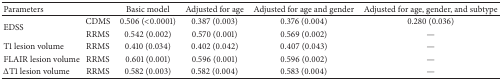
<table><thead><tr><td><b>Parameters</b></td><td><b> </b></td><td><b>Basic model</b></td><td><b>Adjusted for age</b></td><td><b>Adjusted for age and gender</b></td><td><b>Adjusted for age, gender, and subtype</b></td></tr></thead><tbody><tr><td rowspan="2">EDSS</td><td>CDMS</td><td>0.506 (&lt;0.0001)</td><td>0.387 (0.003)</td><td>0.376 (0.004)</td><td>0.280 (0.036)</td></tr><tr><td>RRMS</td><td>0.542 (0.002)</td><td>0.570 (0.001)</td><td>0.569 (0.002)</td><td>—</td></tr><tr><td>T1 lesion volume</td><td>RRMS</td><td>0.410 (0.034)</td><td>0.402 (0.042)</td><td>0.407 (0.043)</td><td>—</td></tr><tr><td>FLAIR lesion volume</td><td>RRMS</td><td>0.601 (0.001)</td><td>0.596 (0.001)</td><td>0.596 (0.002)</td><td>—</td></tr><tr><td>ΔT1 lesion volume</td><td>RRMS</td><td>0.582 (0.003)</td><td>0.582 (0.004)</td><td>0.583 (0.004)</td><td>—</td></tr></tbody></table>